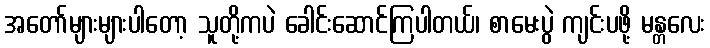
အတော်များများပါတော့ သူတို့ကပဲ ခေါင်းဆောင်ကြပါတယ်၊ စာမေးပွဲ ကျင်းပဖို့ မန္တလေး